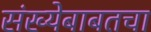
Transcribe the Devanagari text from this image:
संख्येबाबतचा